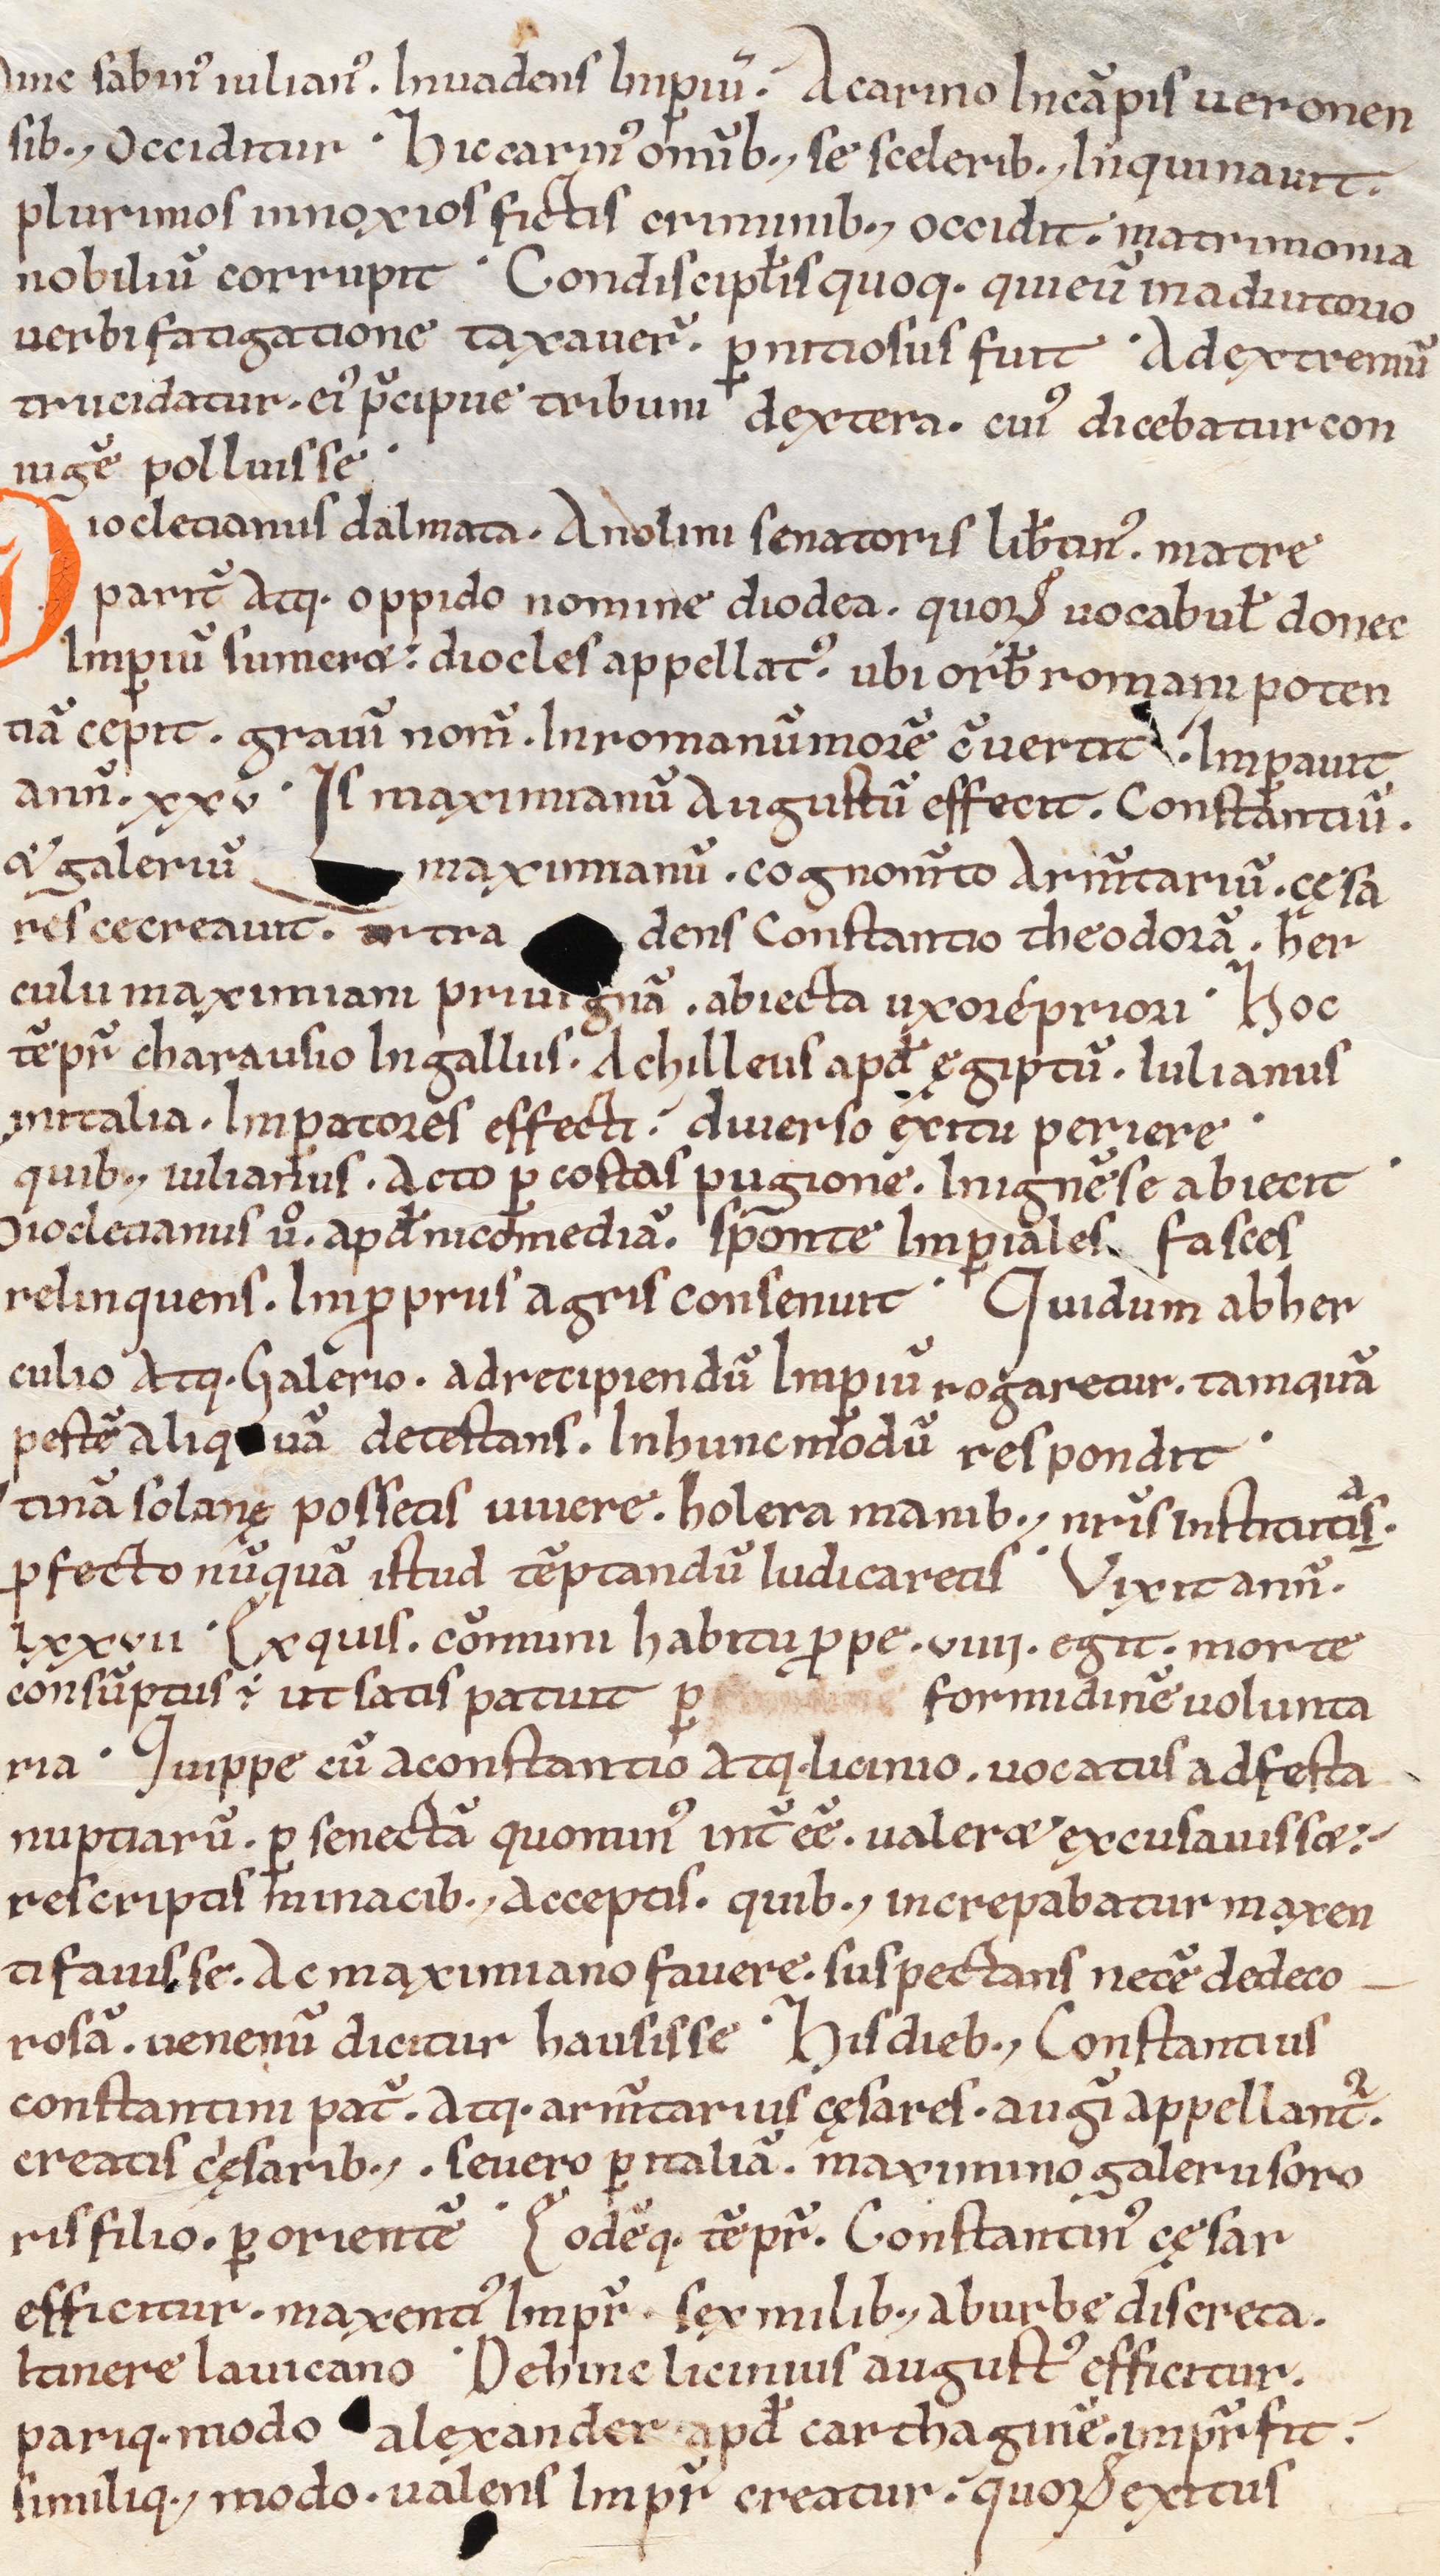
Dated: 1039–1056